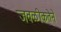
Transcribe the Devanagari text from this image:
जवळीकतेने